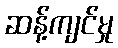
ဆန့်ကျင်မှု